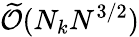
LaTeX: \widetilde{\mathcal{O}}(N_{k}N^{3/2})